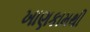
ખાણકામથી